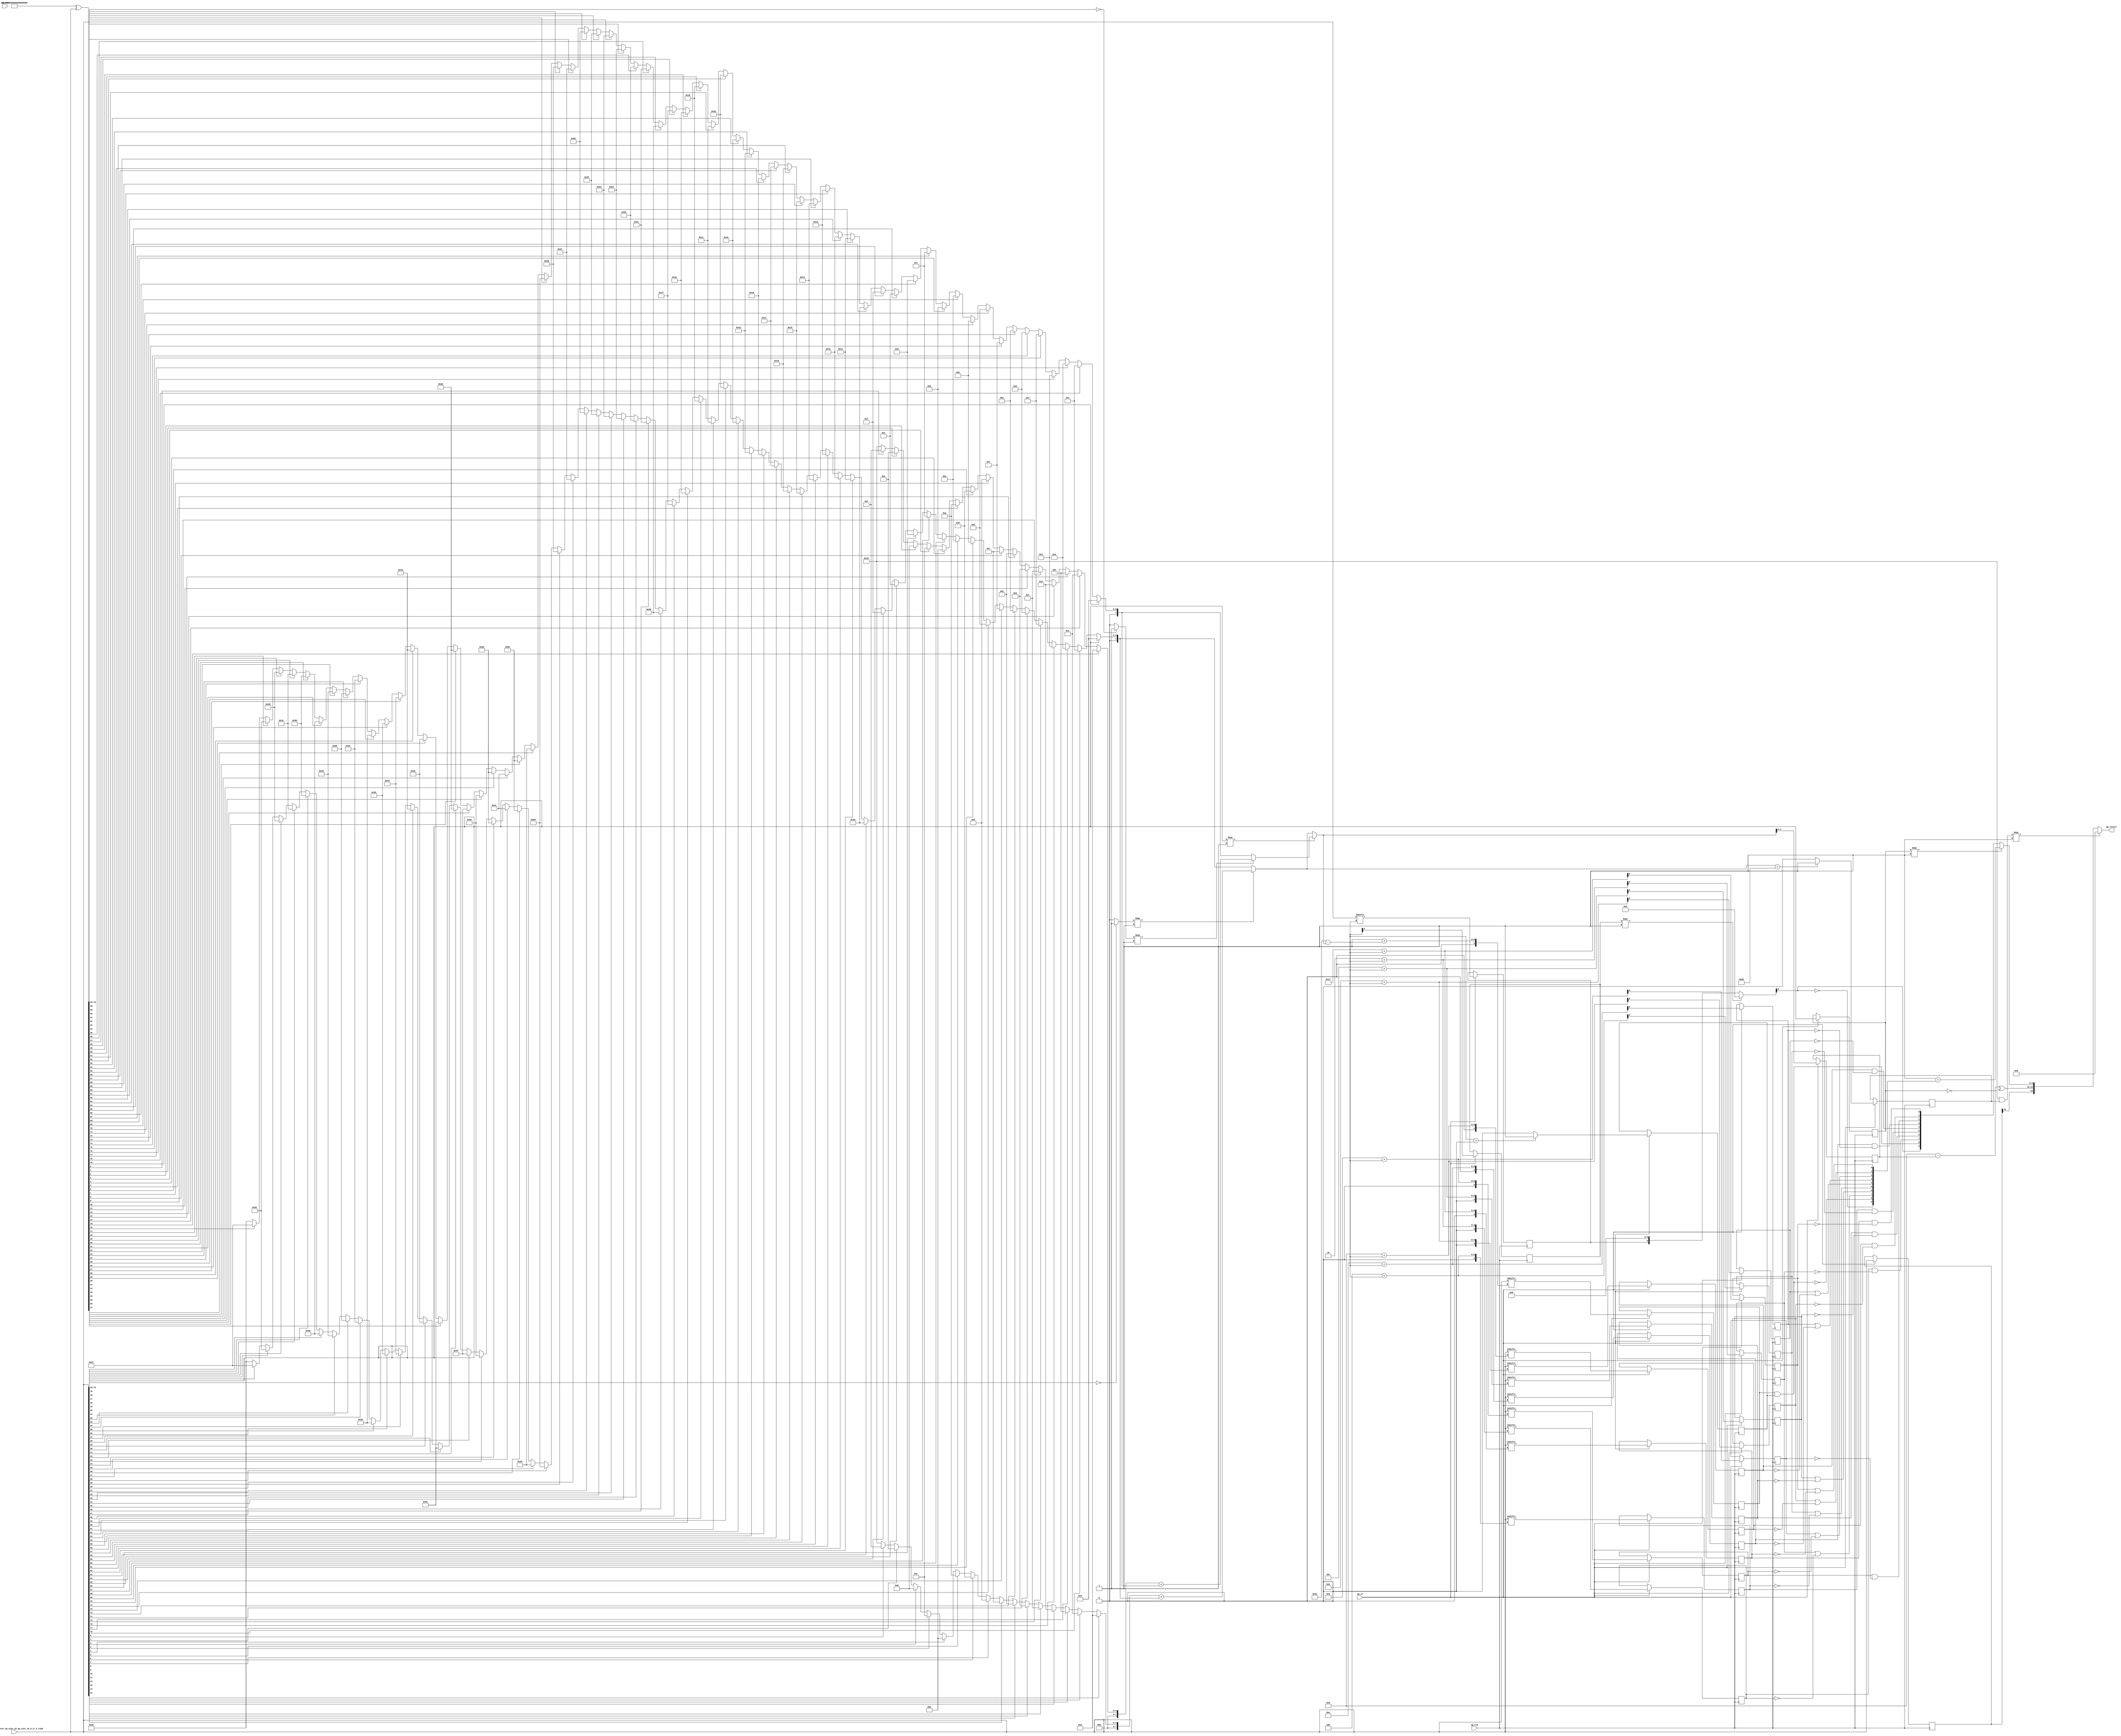
// ==============================================================
// RTL generated by Vivado(TM) HLS - High-Level Synthesis from C, C++ and SystemC
// Version: 2017.4
// Copyright (C) 1986-2017 Xilinx, Inc. All Rights Reserved.
// 
// ===========================================================

`timescale 1 ns / 1 ps 

module get_result (
        ap_clk,
        ap_rst,
        CompleteRegister_ap_uint_16_ap_uint_16_m_cr_V_read,
        ap_return,
        ap_ce
);

parameter    ap_const_lv64_FFFFFFFFFFFFFFFF = 64'd18446744073709551615;


input   ap_clk;
input   ap_rst;
input  [79:0] CompleteRegister_ap_uint_16_ap_uint_16_m_cr_V_read;
output  [15:0] ap_return;
input   ap_ce;

reg   [79:0] CompleteRegister_m_c_reg_853;
wire    ap_block_state1_pp0_stage0_iter0;
wire    ap_block_state2_pp0_stage0_iter1;
wire    ap_block_pp0_stage0_11001;
wire   [0:0] tmp_fu_92_p3;
reg   [0:0] tmp_reg_858;
wire   [0:0] tmp_10_fu_206_p2;
reg   [0:0] tmp_10_reg_864;
wire   [4:0] tmp_74_fu_272_p1;
reg   [4:0] tmp_74_reg_869;
reg   [0:0] tmp_75_reg_874;
wire   [0:0] tmp_76_fu_298_p3;
reg   [0:0] tmp_76_reg_879;
wire   [0:0] tmp_36_1_fu_306_p2;
reg   [0:0] tmp_36_1_reg_884;
wire   [0:0] tmp_77_fu_322_p3;
reg   [0:0] tmp_77_reg_889;
reg   [0:0] tmp_78_reg_894;
wire   [0:0] tmp_79_fu_348_p3;
reg   [0:0] tmp_79_reg_900;
reg   [0:0] tmp_80_reg_906;
wire   [0:0] tmp_81_fu_374_p3;
reg   [0:0] tmp_81_reg_912;
reg   [0:0] tmp_82_reg_918;
wire   [0:0] tmp_83_fu_400_p3;
reg   [0:0] tmp_83_reg_924;
reg   [0:0] tmp_84_reg_930;
wire   [0:0] tmp_85_fu_426_p3;
reg   [0:0] tmp_85_reg_936;
reg   [0:0] tmp_86_reg_942;
wire   [0:0] tmp_87_fu_452_p3;
reg   [0:0] tmp_87_reg_948;
reg   [0:0] tmp_88_reg_954;
wire   [0:0] tmp_89_fu_478_p3;
reg   [0:0] tmp_89_reg_960;
reg   [0:0] tmp_90_reg_966;
wire   [0:0] tmp_91_fu_504_p3;
reg   [0:0] tmp_91_reg_972;
reg   [0:0] tmp_92_reg_978;
wire   [0:0] tmp_93_fu_530_p3;
reg   [0:0] tmp_93_reg_984;
wire    ap_block_pp0_stage0;
wire   [63:0] p_Result_3_fu_100_p4;
wire   [79:0] flipped_V_fu_124_p2;
wire   [63:0] p_Result_1_fu_130_p4;
reg   [15:0] p_Result_s_fu_154_p4;
reg   [63:0] p_Result_s_31_fu_164_p5;
reg   [63:0] tmp_19_fu_110_p3;
reg   [63:0] tmp_8_fu_176_p3;
wire   [7:0] tmp_71_fu_188_p1;
wire   [7:0] tmp_70_fu_184_p1;
wire   [0:0] tmp_28_fu_118_p2;
wire   [7:0] tmp_2_fu_192_p2;
wire   [7:0] leading_signs_V_fu_198_p3;
reg   [15:0] p_Result_4_fu_212_p4;
reg   [63:0] p_Result_2_fu_222_p5;
reg   [63:0] tmp_23_fu_140_p3;
reg   [63:0] tmp_11_fu_234_p3;
wire   [7:0] tmp_73_fu_246_p1;
wire   [7:0] tmp_72_fu_242_p1;
wire   [0:0] tmp_31_fu_148_p2;
wire   [7:0] tmp_7_fu_250_p2;
wire   [7:0] leading_signs_V_1_fu_256_p3;
wire   [7:0] leading_signs_V_2_fu_264_p3;
wire   [8:0] rhs_V_cast_fu_276_p1;
wire   [8:0] addconv_fu_280_p2;
wire  signed [31:0] tmp_16_cast_fu_286_p1;
wire   [8:0] index_assign_1_1_fu_312_p2;
wire   [31:0] index_assign_1_1_cas_fu_318_p1;
wire   [8:0] r_V_2_fu_330_p2;
wire   [31:0] index_assign_1_2_cas_fu_344_p1;
wire   [8:0] r_V_3_fu_356_p2;
wire   [31:0] index_assign_1_3_cas_fu_370_p1;
wire   [8:0] r_V_4_fu_382_p2;
wire   [31:0] index_assign_1_4_cas_fu_396_p1;
wire   [8:0] r_V_5_fu_408_p2;
wire   [31:0] index_assign_1_5_cas_fu_422_p1;
wire   [8:0] r_V_6_fu_434_p2;
wire   [31:0] index_assign_1_6_cas_fu_448_p1;
wire   [8:0] r_V_7_fu_460_p2;
wire   [31:0] index_assign_1_7_cas_fu_474_p1;
wire   [8:0] r_V_8_fu_486_p2;
wire   [31:0] index_assign_1_8_cas_fu_500_p1;
wire   [8:0] r_V_9_fu_512_p2;
wire   [31:0] index_assign_1_9_cas_fu_526_p1;
wire   [4:0] tmp_14_fu_550_p2;
wire   [9:0] p_Result_6_fu_561_p3;
wire   [0:0] rev7_fu_579_p2;
wire   [0:0] rev_fu_589_p2;
wire   [0:0] rev1_fu_599_p2;
wire   [0:0] rev2_fu_609_p2;
wire   [0:0] rev3_fu_619_p2;
wire   [0:0] rev4_fu_629_p2;
wire   [0:0] rev5_fu_639_p2;
wire   [0:0] rev6_fu_649_p2;
wire   [0:0] tmp_15_fu_575_p2;
wire   [0:0] tmp_16_fu_584_p2;
wire   [0:0] tmp_17_fu_594_p2;
wire   [0:0] tmp_18_fu_604_p2;
wire   [0:0] tmp_20_fu_614_p2;
wire   [0:0] tmp_21_fu_624_p2;
wire   [0:0] tmp_22_fu_634_p2;
wire   [0:0] tmp_24_fu_644_p2;
wire   [0:0] tmp_25_fu_654_p2;
wire   [9:0] p_0274_1_fu_568_p3;
wire   [8:0] tmp_26_fu_659_p10;
wire   [0:0] p_not_fu_693_p2;
wire   [0:0] p_not1_fu_703_p2;
wire   [0:0] p_not2_fu_713_p2;
wire   [0:0] p_not3_fu_723_p2;
wire   [0:0] p_not4_fu_733_p2;
wire   [0:0] p_not5_fu_743_p2;
wire   [0:0] p_not6_fu_753_p2;
wire   [0:0] p_not7_fu_763_p2;
wire   [0:0] tmp_94_fu_779_p3;
wire   [0:0] tmp_39_9_fu_787_p2;
wire   [0:0] tmp_39_8_fu_773_p2;
wire   [0:0] tmp_39_7_fu_768_p2;
wire   [0:0] tmp_39_6_fu_758_p2;
wire   [0:0] tmp_39_5_fu_748_p2;
wire   [0:0] tmp_39_4_fu_738_p2;
wire   [0:0] tmp_39_3_fu_728_p2;
wire   [0:0] tmp_39_2_fu_718_p2;
wire   [0:0] tmp_39_1_fu_708_p2;
wire   [0:0] tmp_39_fu_698_p2;
wire   [9:0] p_Result_27_9_fu_793_p11;
wire   [9:0] mantissa_V_fu_817_p2;
wire   [9:0] p_0274_1_9_fu_681_p5;
wire   [0:0] p_Repl2_2_fu_538_p3;
wire   [4:0] exponent_V_fu_555_p2;
wire   [9:0] p_Repl2_s_fu_823_p3;
wire   [0:0] tmp_s_fu_545_p2;
wire   [0:0] sel_tmp_fu_840_p2;
wire   [15:0] p_Result_5_fu_830_p4;

always @ (posedge ap_clk) begin
    if (((1'b0 == ap_block_pp0_stage0_11001) & (1'b1 == ap_ce))) begin
        CompleteRegister_m_c_reg_853 <= CompleteRegister_ap_uint_16_ap_uint_16_m_cr_V_read;
        tmp_10_reg_864 <= tmp_10_fu_206_p2;
        tmp_36_1_reg_884 <= tmp_36_1_fu_306_p2;
        tmp_74_reg_869 <= tmp_74_fu_272_p1;
        tmp_75_reg_874 <= addconv_fu_280_p2[32'd8];
        tmp_76_reg_879 <= tmp_76_fu_298_p3;
        tmp_77_reg_889 <= tmp_77_fu_322_p3;
        tmp_78_reg_894 <= r_V_2_fu_330_p2[32'd8];
        tmp_79_reg_900 <= tmp_79_fu_348_p3;
        tmp_80_reg_906 <= r_V_3_fu_356_p2[32'd8];
        tmp_81_reg_912 <= tmp_81_fu_374_p3;
        tmp_82_reg_918 <= r_V_4_fu_382_p2[32'd8];
        tmp_83_reg_924 <= tmp_83_fu_400_p3;
        tmp_84_reg_930 <= r_V_5_fu_408_p2[32'd8];
        tmp_85_reg_936 <= tmp_85_fu_426_p3;
        tmp_86_reg_942 <= r_V_6_fu_434_p2[32'd8];
        tmp_87_reg_948 <= tmp_87_fu_452_p3;
        tmp_88_reg_954 <= r_V_7_fu_460_p2[32'd8];
        tmp_89_reg_960 <= tmp_89_fu_478_p3;
        tmp_90_reg_966 <= r_V_8_fu_486_p2[32'd8];
        tmp_91_reg_972 <= tmp_91_fu_504_p3;
        tmp_92_reg_978 <= r_V_9_fu_512_p2[32'd8];
        tmp_93_reg_984 <= tmp_93_fu_530_p3;
        tmp_reg_858 <= CompleteRegister_ap_uint_16_ap_uint_16_m_cr_V_read[32'd79];
    end
end

assign addconv_fu_280_p2 = (9'd78 - rhs_V_cast_fu_276_p1);

assign ap_block_pp0_stage0 = ~(1'b1 == 1'b1);

assign ap_block_pp0_stage0_11001 = ~(1'b1 == 1'b1);

assign ap_block_state1_pp0_stage0_iter0 = ~(1'b1 == 1'b1);

assign ap_block_state2_pp0_stage0_iter1 = ~(1'b1 == 1'b1);

assign ap_return = ((sel_tmp_fu_840_p2[0:0] === 1'b1) ? 16'd0 : p_Result_5_fu_830_p4);

assign exponent_V_fu_555_p2 = (tmp_14_fu_550_p2 ^ 5'd16);

assign flipped_V_fu_124_p2 = (80'd1208925819614629174706175 ^ CompleteRegister_ap_uint_16_ap_uint_16_m_cr_V_read);

assign index_assign_1_1_cas_fu_318_p1 = index_assign_1_1_fu_312_p2;

assign index_assign_1_1_fu_312_p2 = ($signed(9'd511) + $signed(addconv_fu_280_p2));

assign index_assign_1_2_cas_fu_344_p1 = r_V_2_fu_330_p2;

assign index_assign_1_3_cas_fu_370_p1 = r_V_3_fu_356_p2;

assign index_assign_1_4_cas_fu_396_p1 = r_V_4_fu_382_p2;

assign index_assign_1_5_cas_fu_422_p1 = r_V_5_fu_408_p2;

assign index_assign_1_6_cas_fu_448_p1 = r_V_6_fu_434_p2;

assign index_assign_1_7_cas_fu_474_p1 = r_V_7_fu_460_p2;

assign index_assign_1_8_cas_fu_500_p1 = r_V_8_fu_486_p2;

assign index_assign_1_9_cas_fu_526_p1 = r_V_9_fu_512_p2;

assign leading_signs_V_1_fu_256_p3 = ((tmp_31_fu_148_p2[0:0] === 1'b1) ? tmp_7_fu_250_p2 : tmp_72_fu_242_p1);

assign leading_signs_V_2_fu_264_p3 = ((tmp_fu_92_p3[0:0] === 1'b1) ? leading_signs_V_1_fu_256_p3 : leading_signs_V_fu_198_p3);

assign leading_signs_V_fu_198_p3 = ((tmp_28_fu_118_p2[0:0] === 1'b1) ? tmp_2_fu_192_p2 : tmp_70_fu_184_p1);

assign mantissa_V_fu_817_p2 = (10'd1 + p_Result_27_9_fu_793_p11);

assign p_0274_1_9_fu_681_p5 = {{p_0274_1_fu_568_p3[9:9]}, {tmp_26_fu_659_p10}};

assign p_0274_1_fu_568_p3 = ((tmp_75_reg_874[0:0] === 1'b1) ? 10'd0 : p_Result_6_fu_561_p3);

assign p_Repl2_2_fu_538_p3 = CompleteRegister_m_c_reg_853[32'd79];

assign p_Repl2_s_fu_823_p3 = ((tmp_reg_858[0:0] === 1'b1) ? mantissa_V_fu_817_p2 : p_0274_1_9_fu_681_p5);

assign p_Result_1_fu_130_p4 = {{flipped_V_fu_124_p2[79:16]}};

assign p_Result_27_9_fu_793_p11 = {{{{{{{{{{tmp_39_9_fu_787_p2}, {tmp_39_8_fu_773_p2}}, {tmp_39_7_fu_768_p2}}, {tmp_39_6_fu_758_p2}}, {tmp_39_5_fu_748_p2}}, {tmp_39_4_fu_738_p2}}, {tmp_39_3_fu_728_p2}}, {tmp_39_2_fu_718_p2}}, {tmp_39_1_fu_708_p2}}, {tmp_39_fu_698_p2}};

integer ap_tvar_int_0;

always @ (p_Result_4_fu_212_p4) begin
    for (ap_tvar_int_0 = 64 - 1; ap_tvar_int_0 >= 0; ap_tvar_int_0 = ap_tvar_int_0 - 1) begin
        if (ap_tvar_int_0 > 63 | ap_tvar_int_0 < 48) begin
            p_Result_2_fu_222_p5[ap_tvar_int_0] = ap_const_lv64_FFFFFFFFFFFFFFFF[ap_tvar_int_0];
        end else if (63 - ap_tvar_int_0 >= 16) begin
            p_Result_2_fu_222_p5[ap_tvar_int_0] = 1'b0;
        end else begin
            p_Result_2_fu_222_p5[ap_tvar_int_0] = p_Result_4_fu_212_p4[63 - ap_tvar_int_0];
        end
    end
end

assign p_Result_3_fu_100_p4 = {{CompleteRegister_ap_uint_16_ap_uint_16_m_cr_V_read[79:16]}};

integer ap_tvar_int_1;

always @ (flipped_V_fu_124_p2) begin
    for (ap_tvar_int_1 = 16 - 1; ap_tvar_int_1 >= 0; ap_tvar_int_1 = ap_tvar_int_1 - 1) begin
        if (ap_tvar_int_1 > 15 - 0) begin
            p_Result_4_fu_212_p4[ap_tvar_int_1] = 1'b0;
        end else begin
            p_Result_4_fu_212_p4[ap_tvar_int_1] = flipped_V_fu_124_p2[15 - ap_tvar_int_1];
        end
    end
end

assign p_Result_5_fu_830_p4 = {{{p_Repl2_2_fu_538_p3}, {exponent_V_fu_555_p2}}, {p_Repl2_s_fu_823_p3}};

assign p_Result_6_fu_561_p3 = {{tmp_76_reg_879}, {9'd0}};

integer ap_tvar_int_2;

always @ (p_Result_s_fu_154_p4) begin
    for (ap_tvar_int_2 = 64 - 1; ap_tvar_int_2 >= 0; ap_tvar_int_2 = ap_tvar_int_2 - 1) begin
        if (ap_tvar_int_2 > 63 | ap_tvar_int_2 < 48) begin
            p_Result_s_31_fu_164_p5[ap_tvar_int_2] = ap_const_lv64_FFFFFFFFFFFFFFFF[ap_tvar_int_2];
        end else if (63 - ap_tvar_int_2 >= 16) begin
            p_Result_s_31_fu_164_p5[ap_tvar_int_2] = 1'b0;
        end else begin
            p_Result_s_31_fu_164_p5[ap_tvar_int_2] = p_Result_s_fu_154_p4[63 - ap_tvar_int_2];
        end
    end
end

integer ap_tvar_int_3;

always @ (CompleteRegister_ap_uint_16_ap_uint_16_m_cr_V_read) begin
    for (ap_tvar_int_3 = 16 - 1; ap_tvar_int_3 >= 0; ap_tvar_int_3 = ap_tvar_int_3 - 1) begin
        if (ap_tvar_int_3 > 15 - 0) begin
            p_Result_s_fu_154_p4[ap_tvar_int_3] = 1'b0;
        end else begin
            p_Result_s_fu_154_p4[ap_tvar_int_3] = CompleteRegister_ap_uint_16_ap_uint_16_m_cr_V_read[15 - ap_tvar_int_3];
        end
    end
end

assign p_not1_fu_703_p2 = (tmp_91_reg_972 ^ 1'd1);

assign p_not2_fu_713_p2 = (tmp_89_reg_960 ^ 1'd1);

assign p_not3_fu_723_p2 = (tmp_87_reg_948 ^ 1'd1);

assign p_not4_fu_733_p2 = (tmp_85_reg_936 ^ 1'd1);

assign p_not5_fu_743_p2 = (tmp_83_reg_924 ^ 1'd1);

assign p_not6_fu_753_p2 = (tmp_81_reg_912 ^ 1'd1);

assign p_not7_fu_763_p2 = (tmp_79_reg_900 ^ 1'd1);

assign p_not_fu_693_p2 = (tmp_93_reg_984 ^ 1'd1);

assign r_V_2_fu_330_p2 = ($signed(9'd510) + $signed(addconv_fu_280_p2));

assign r_V_3_fu_356_p2 = ($signed(9'd509) + $signed(addconv_fu_280_p2));

assign r_V_4_fu_382_p2 = ($signed(9'd508) + $signed(addconv_fu_280_p2));

assign r_V_5_fu_408_p2 = ($signed(9'd507) + $signed(addconv_fu_280_p2));

assign r_V_6_fu_434_p2 = ($signed(9'd506) + $signed(addconv_fu_280_p2));

assign r_V_7_fu_460_p2 = ($signed(9'd505) + $signed(addconv_fu_280_p2));

assign r_V_8_fu_486_p2 = ($signed(9'd504) + $signed(addconv_fu_280_p2));

assign r_V_9_fu_512_p2 = ($signed(9'd503) + $signed(addconv_fu_280_p2));

assign rev1_fu_599_p2 = (tmp_82_reg_918 ^ 1'd1);

assign rev2_fu_609_p2 = (tmp_84_reg_930 ^ 1'd1);

assign rev3_fu_619_p2 = (tmp_86_reg_942 ^ 1'd1);

assign rev4_fu_629_p2 = (tmp_88_reg_954 ^ 1'd1);

assign rev5_fu_639_p2 = (tmp_90_reg_966 ^ 1'd1);

assign rev6_fu_649_p2 = (tmp_92_reg_978 ^ 1'd1);

assign rev7_fu_579_p2 = (tmp_78_reg_894 ^ 1'd1);

assign rev_fu_589_p2 = (tmp_80_reg_906 ^ 1'd1);

assign rhs_V_cast_fu_276_p1 = leading_signs_V_2_fu_264_p3;

assign sel_tmp_fu_840_p2 = (tmp_s_fu_545_p2 & tmp_10_reg_864);

assign tmp_10_fu_206_p2 = ((leading_signs_V_fu_198_p3 == 8'd80) ? 1'b1 : 1'b0);

always @ (p_Result_2_fu_222_p5) begin
    if (p_Result_2_fu_222_p5[63] == 1'b1) begin
        tmp_11_fu_234_p3 = 64'd0;
    end else if (p_Result_2_fu_222_p5[62] == 1'b1) begin
        tmp_11_fu_234_p3 = 64'd1;
    end else if (p_Result_2_fu_222_p5[61] == 1'b1) begin
        tmp_11_fu_234_p3 = 64'd2;
    end else if (p_Result_2_fu_222_p5[60] == 1'b1) begin
        tmp_11_fu_234_p3 = 64'd3;
    end else if (p_Result_2_fu_222_p5[59] == 1'b1) begin
        tmp_11_fu_234_p3 = 64'd4;
    end else if (p_Result_2_fu_222_p5[58] == 1'b1) begin
        tmp_11_fu_234_p3 = 64'd5;
    end else if (p_Result_2_fu_222_p5[57] == 1'b1) begin
        tmp_11_fu_234_p3 = 64'd6;
    end else if (p_Result_2_fu_222_p5[56] == 1'b1) begin
        tmp_11_fu_234_p3 = 64'd7;
    end else if (p_Result_2_fu_222_p5[55] == 1'b1) begin
        tmp_11_fu_234_p3 = 64'd8;
    end else if (p_Result_2_fu_222_p5[54] == 1'b1) begin
        tmp_11_fu_234_p3 = 64'd9;
    end else if (p_Result_2_fu_222_p5[53] == 1'b1) begin
        tmp_11_fu_234_p3 = 64'd10;
    end else if (p_Result_2_fu_222_p5[52] == 1'b1) begin
        tmp_11_fu_234_p3 = 64'd11;
    end else if (p_Result_2_fu_222_p5[51] == 1'b1) begin
        tmp_11_fu_234_p3 = 64'd12;
    end else if (p_Result_2_fu_222_p5[50] == 1'b1) begin
        tmp_11_fu_234_p3 = 64'd13;
    end else if (p_Result_2_fu_222_p5[49] == 1'b1) begin
        tmp_11_fu_234_p3 = 64'd14;
    end else if (p_Result_2_fu_222_p5[48] == 1'b1) begin
        tmp_11_fu_234_p3 = 64'd15;
    end else if (p_Result_2_fu_222_p5[47] == 1'b1) begin
        tmp_11_fu_234_p3 = 64'd16;
    end else if (p_Result_2_fu_222_p5[46] == 1'b1) begin
        tmp_11_fu_234_p3 = 64'd17;
    end else if (p_Result_2_fu_222_p5[45] == 1'b1) begin
        tmp_11_fu_234_p3 = 64'd18;
    end else if (p_Result_2_fu_222_p5[44] == 1'b1) begin
        tmp_11_fu_234_p3 = 64'd19;
    end else if (p_Result_2_fu_222_p5[43] == 1'b1) begin
        tmp_11_fu_234_p3 = 64'd20;
    end else if (p_Result_2_fu_222_p5[42] == 1'b1) begin
        tmp_11_fu_234_p3 = 64'd21;
    end else if (p_Result_2_fu_222_p5[41] == 1'b1) begin
        tmp_11_fu_234_p3 = 64'd22;
    end else if (p_Result_2_fu_222_p5[40] == 1'b1) begin
        tmp_11_fu_234_p3 = 64'd23;
    end else if (p_Result_2_fu_222_p5[39] == 1'b1) begin
        tmp_11_fu_234_p3 = 64'd24;
    end else if (p_Result_2_fu_222_p5[38] == 1'b1) begin
        tmp_11_fu_234_p3 = 64'd25;
    end else if (p_Result_2_fu_222_p5[37] == 1'b1) begin
        tmp_11_fu_234_p3 = 64'd26;
    end else if (p_Result_2_fu_222_p5[36] == 1'b1) begin
        tmp_11_fu_234_p3 = 64'd27;
    end else if (p_Result_2_fu_222_p5[35] == 1'b1) begin
        tmp_11_fu_234_p3 = 64'd28;
    end else if (p_Result_2_fu_222_p5[34] == 1'b1) begin
        tmp_11_fu_234_p3 = 64'd29;
    end else if (p_Result_2_fu_222_p5[33] == 1'b1) begin
        tmp_11_fu_234_p3 = 64'd30;
    end else if (p_Result_2_fu_222_p5[32] == 1'b1) begin
        tmp_11_fu_234_p3 = 64'd31;
    end else if (p_Result_2_fu_222_p5[31] == 1'b1) begin
        tmp_11_fu_234_p3 = 64'd32;
    end else if (p_Result_2_fu_222_p5[30] == 1'b1) begin
        tmp_11_fu_234_p3 = 64'd33;
    end else if (p_Result_2_fu_222_p5[29] == 1'b1) begin
        tmp_11_fu_234_p3 = 64'd34;
    end else if (p_Result_2_fu_222_p5[28] == 1'b1) begin
        tmp_11_fu_234_p3 = 64'd35;
    end else if (p_Result_2_fu_222_p5[27] == 1'b1) begin
        tmp_11_fu_234_p3 = 64'd36;
    end else if (p_Result_2_fu_222_p5[26] == 1'b1) begin
        tmp_11_fu_234_p3 = 64'd37;
    end else if (p_Result_2_fu_222_p5[25] == 1'b1) begin
        tmp_11_fu_234_p3 = 64'd38;
    end else if (p_Result_2_fu_222_p5[24] == 1'b1) begin
        tmp_11_fu_234_p3 = 64'd39;
    end else if (p_Result_2_fu_222_p5[23] == 1'b1) begin
        tmp_11_fu_234_p3 = 64'd40;
    end else if (p_Result_2_fu_222_p5[22] == 1'b1) begin
        tmp_11_fu_234_p3 = 64'd41;
    end else if (p_Result_2_fu_222_p5[21] == 1'b1) begin
        tmp_11_fu_234_p3 = 64'd42;
    end else if (p_Result_2_fu_222_p5[20] == 1'b1) begin
        tmp_11_fu_234_p3 = 64'd43;
    end else if (p_Result_2_fu_222_p5[19] == 1'b1) begin
        tmp_11_fu_234_p3 = 64'd44;
    end else if (p_Result_2_fu_222_p5[18] == 1'b1) begin
        tmp_11_fu_234_p3 = 64'd45;
    end else if (p_Result_2_fu_222_p5[17] == 1'b1) begin
        tmp_11_fu_234_p3 = 64'd46;
    end else if (p_Result_2_fu_222_p5[16] == 1'b1) begin
        tmp_11_fu_234_p3 = 64'd47;
    end else if (p_Result_2_fu_222_p5[15] == 1'b1) begin
        tmp_11_fu_234_p3 = 64'd48;
    end else if (p_Result_2_fu_222_p5[14] == 1'b1) begin
        tmp_11_fu_234_p3 = 64'd49;
    end else if (p_Result_2_fu_222_p5[13] == 1'b1) begin
        tmp_11_fu_234_p3 = 64'd50;
    end else if (p_Result_2_fu_222_p5[12] == 1'b1) begin
        tmp_11_fu_234_p3 = 64'd51;
    end else if (p_Result_2_fu_222_p5[11] == 1'b1) begin
        tmp_11_fu_234_p3 = 64'd52;
    end else if (p_Result_2_fu_222_p5[10] == 1'b1) begin
        tmp_11_fu_234_p3 = 64'd53;
    end else if (p_Result_2_fu_222_p5[9] == 1'b1) begin
        tmp_11_fu_234_p3 = 64'd54;
    end else if (p_Result_2_fu_222_p5[8] == 1'b1) begin
        tmp_11_fu_234_p3 = 64'd55;
    end else if (p_Result_2_fu_222_p5[7] == 1'b1) begin
        tmp_11_fu_234_p3 = 64'd56;
    end else if (p_Result_2_fu_222_p5[6] == 1'b1) begin
        tmp_11_fu_234_p3 = 64'd57;
    end else if (p_Result_2_fu_222_p5[5] == 1'b1) begin
        tmp_11_fu_234_p3 = 64'd58;
    end else if (p_Result_2_fu_222_p5[4] == 1'b1) begin
        tmp_11_fu_234_p3 = 64'd59;
    end else if (p_Result_2_fu_222_p5[3] == 1'b1) begin
        tmp_11_fu_234_p3 = 64'd60;
    end else if (p_Result_2_fu_222_p5[2] == 1'b1) begin
        tmp_11_fu_234_p3 = 64'd61;
    end else if (p_Result_2_fu_222_p5[1] == 1'b1) begin
        tmp_11_fu_234_p3 = 64'd62;
    end else if (p_Result_2_fu_222_p5[0] == 1'b1) begin
        tmp_11_fu_234_p3 = 64'd63;
    end else begin
        tmp_11_fu_234_p3 = 64'd64;
    end
end

assign tmp_14_fu_550_p2 = (5'd8 - tmp_74_reg_869);

assign tmp_15_fu_575_p2 = (tmp_77_reg_889 & tmp_36_1_reg_884);

assign tmp_16_cast_fu_286_p1 = $signed(addconv_fu_280_p2);

assign tmp_16_fu_584_p2 = (tmp_79_reg_900 & rev7_fu_579_p2);

assign tmp_17_fu_594_p2 = (tmp_81_reg_912 & rev_fu_589_p2);

assign tmp_18_fu_604_p2 = (tmp_83_reg_924 & rev1_fu_599_p2);

always @ (p_Result_3_fu_100_p4) begin
    if (p_Result_3_fu_100_p4[63] == 1'b1) begin
        tmp_19_fu_110_p3 = 64'd0;
    end else if (p_Result_3_fu_100_p4[62] == 1'b1) begin
        tmp_19_fu_110_p3 = 64'd1;
    end else if (p_Result_3_fu_100_p4[61] == 1'b1) begin
        tmp_19_fu_110_p3 = 64'd2;
    end else if (p_Result_3_fu_100_p4[60] == 1'b1) begin
        tmp_19_fu_110_p3 = 64'd3;
    end else if (p_Result_3_fu_100_p4[59] == 1'b1) begin
        tmp_19_fu_110_p3 = 64'd4;
    end else if (p_Result_3_fu_100_p4[58] == 1'b1) begin
        tmp_19_fu_110_p3 = 64'd5;
    end else if (p_Result_3_fu_100_p4[57] == 1'b1) begin
        tmp_19_fu_110_p3 = 64'd6;
    end else if (p_Result_3_fu_100_p4[56] == 1'b1) begin
        tmp_19_fu_110_p3 = 64'd7;
    end else if (p_Result_3_fu_100_p4[55] == 1'b1) begin
        tmp_19_fu_110_p3 = 64'd8;
    end else if (p_Result_3_fu_100_p4[54] == 1'b1) begin
        tmp_19_fu_110_p3 = 64'd9;
    end else if (p_Result_3_fu_100_p4[53] == 1'b1) begin
        tmp_19_fu_110_p3 = 64'd10;
    end else if (p_Result_3_fu_100_p4[52] == 1'b1) begin
        tmp_19_fu_110_p3 = 64'd11;
    end else if (p_Result_3_fu_100_p4[51] == 1'b1) begin
        tmp_19_fu_110_p3 = 64'd12;
    end else if (p_Result_3_fu_100_p4[50] == 1'b1) begin
        tmp_19_fu_110_p3 = 64'd13;
    end else if (p_Result_3_fu_100_p4[49] == 1'b1) begin
        tmp_19_fu_110_p3 = 64'd14;
    end else if (p_Result_3_fu_100_p4[48] == 1'b1) begin
        tmp_19_fu_110_p3 = 64'd15;
    end else if (p_Result_3_fu_100_p4[47] == 1'b1) begin
        tmp_19_fu_110_p3 = 64'd16;
    end else if (p_Result_3_fu_100_p4[46] == 1'b1) begin
        tmp_19_fu_110_p3 = 64'd17;
    end else if (p_Result_3_fu_100_p4[45] == 1'b1) begin
        tmp_19_fu_110_p3 = 64'd18;
    end else if (p_Result_3_fu_100_p4[44] == 1'b1) begin
        tmp_19_fu_110_p3 = 64'd19;
    end else if (p_Result_3_fu_100_p4[43] == 1'b1) begin
        tmp_19_fu_110_p3 = 64'd20;
    end else if (p_Result_3_fu_100_p4[42] == 1'b1) begin
        tmp_19_fu_110_p3 = 64'd21;
    end else if (p_Result_3_fu_100_p4[41] == 1'b1) begin
        tmp_19_fu_110_p3 = 64'd22;
    end else if (p_Result_3_fu_100_p4[40] == 1'b1) begin
        tmp_19_fu_110_p3 = 64'd23;
    end else if (p_Result_3_fu_100_p4[39] == 1'b1) begin
        tmp_19_fu_110_p3 = 64'd24;
    end else if (p_Result_3_fu_100_p4[38] == 1'b1) begin
        tmp_19_fu_110_p3 = 64'd25;
    end else if (p_Result_3_fu_100_p4[37] == 1'b1) begin
        tmp_19_fu_110_p3 = 64'd26;
    end else if (p_Result_3_fu_100_p4[36] == 1'b1) begin
        tmp_19_fu_110_p3 = 64'd27;
    end else if (p_Result_3_fu_100_p4[35] == 1'b1) begin
        tmp_19_fu_110_p3 = 64'd28;
    end else if (p_Result_3_fu_100_p4[34] == 1'b1) begin
        tmp_19_fu_110_p3 = 64'd29;
    end else if (p_Result_3_fu_100_p4[33] == 1'b1) begin
        tmp_19_fu_110_p3 = 64'd30;
    end else if (p_Result_3_fu_100_p4[32] == 1'b1) begin
        tmp_19_fu_110_p3 = 64'd31;
    end else if (p_Result_3_fu_100_p4[31] == 1'b1) begin
        tmp_19_fu_110_p3 = 64'd32;
    end else if (p_Result_3_fu_100_p4[30] == 1'b1) begin
        tmp_19_fu_110_p3 = 64'd33;
    end else if (p_Result_3_fu_100_p4[29] == 1'b1) begin
        tmp_19_fu_110_p3 = 64'd34;
    end else if (p_Result_3_fu_100_p4[28] == 1'b1) begin
        tmp_19_fu_110_p3 = 64'd35;
    end else if (p_Result_3_fu_100_p4[27] == 1'b1) begin
        tmp_19_fu_110_p3 = 64'd36;
    end else if (p_Result_3_fu_100_p4[26] == 1'b1) begin
        tmp_19_fu_110_p3 = 64'd37;
    end else if (p_Result_3_fu_100_p4[25] == 1'b1) begin
        tmp_19_fu_110_p3 = 64'd38;
    end else if (p_Result_3_fu_100_p4[24] == 1'b1) begin
        tmp_19_fu_110_p3 = 64'd39;
    end else if (p_Result_3_fu_100_p4[23] == 1'b1) begin
        tmp_19_fu_110_p3 = 64'd40;
    end else if (p_Result_3_fu_100_p4[22] == 1'b1) begin
        tmp_19_fu_110_p3 = 64'd41;
    end else if (p_Result_3_fu_100_p4[21] == 1'b1) begin
        tmp_19_fu_110_p3 = 64'd42;
    end else if (p_Result_3_fu_100_p4[20] == 1'b1) begin
        tmp_19_fu_110_p3 = 64'd43;
    end else if (p_Result_3_fu_100_p4[19] == 1'b1) begin
        tmp_19_fu_110_p3 = 64'd44;
    end else if (p_Result_3_fu_100_p4[18] == 1'b1) begin
        tmp_19_fu_110_p3 = 64'd45;
    end else if (p_Result_3_fu_100_p4[17] == 1'b1) begin
        tmp_19_fu_110_p3 = 64'd46;
    end else if (p_Result_3_fu_100_p4[16] == 1'b1) begin
        tmp_19_fu_110_p3 = 64'd47;
    end else if (p_Result_3_fu_100_p4[15] == 1'b1) begin
        tmp_19_fu_110_p3 = 64'd48;
    end else if (p_Result_3_fu_100_p4[14] == 1'b1) begin
        tmp_19_fu_110_p3 = 64'd49;
    end else if (p_Result_3_fu_100_p4[13] == 1'b1) begin
        tmp_19_fu_110_p3 = 64'd50;
    end else if (p_Result_3_fu_100_p4[12] == 1'b1) begin
        tmp_19_fu_110_p3 = 64'd51;
    end else if (p_Result_3_fu_100_p4[11] == 1'b1) begin
        tmp_19_fu_110_p3 = 64'd52;
    end else if (p_Result_3_fu_100_p4[10] == 1'b1) begin
        tmp_19_fu_110_p3 = 64'd53;
    end else if (p_Result_3_fu_100_p4[9] == 1'b1) begin
        tmp_19_fu_110_p3 = 64'd54;
    end else if (p_Result_3_fu_100_p4[8] == 1'b1) begin
        tmp_19_fu_110_p3 = 64'd55;
    end else if (p_Result_3_fu_100_p4[7] == 1'b1) begin
        tmp_19_fu_110_p3 = 64'd56;
    end else if (p_Result_3_fu_100_p4[6] == 1'b1) begin
        tmp_19_fu_110_p3 = 64'd57;
    end else if (p_Result_3_fu_100_p4[5] == 1'b1) begin
        tmp_19_fu_110_p3 = 64'd58;
    end else if (p_Result_3_fu_100_p4[4] == 1'b1) begin
        tmp_19_fu_110_p3 = 64'd59;
    end else if (p_Result_3_fu_100_p4[3] == 1'b1) begin
        tmp_19_fu_110_p3 = 64'd60;
    end else if (p_Result_3_fu_100_p4[2] == 1'b1) begin
        tmp_19_fu_110_p3 = 64'd61;
    end else if (p_Result_3_fu_100_p4[1] == 1'b1) begin
        tmp_19_fu_110_p3 = 64'd62;
    end else if (p_Result_3_fu_100_p4[0] == 1'b1) begin
        tmp_19_fu_110_p3 = 64'd63;
    end else begin
        tmp_19_fu_110_p3 = 64'd64;
    end
end

assign tmp_20_fu_614_p2 = (tmp_85_reg_936 & rev2_fu_609_p2);

assign tmp_21_fu_624_p2 = (tmp_87_reg_948 & rev3_fu_619_p2);

assign tmp_22_fu_634_p2 = (tmp_89_reg_960 & rev4_fu_629_p2);

always @ (p_Result_1_fu_130_p4) begin
    if (p_Result_1_fu_130_p4[63] == 1'b1) begin
        tmp_23_fu_140_p3 = 64'd0;
    end else if (p_Result_1_fu_130_p4[62] == 1'b1) begin
        tmp_23_fu_140_p3 = 64'd1;
    end else if (p_Result_1_fu_130_p4[61] == 1'b1) begin
        tmp_23_fu_140_p3 = 64'd2;
    end else if (p_Result_1_fu_130_p4[60] == 1'b1) begin
        tmp_23_fu_140_p3 = 64'd3;
    end else if (p_Result_1_fu_130_p4[59] == 1'b1) begin
        tmp_23_fu_140_p3 = 64'd4;
    end else if (p_Result_1_fu_130_p4[58] == 1'b1) begin
        tmp_23_fu_140_p3 = 64'd5;
    end else if (p_Result_1_fu_130_p4[57] == 1'b1) begin
        tmp_23_fu_140_p3 = 64'd6;
    end else if (p_Result_1_fu_130_p4[56] == 1'b1) begin
        tmp_23_fu_140_p3 = 64'd7;
    end else if (p_Result_1_fu_130_p4[55] == 1'b1) begin
        tmp_23_fu_140_p3 = 64'd8;
    end else if (p_Result_1_fu_130_p4[54] == 1'b1) begin
        tmp_23_fu_140_p3 = 64'd9;
    end else if (p_Result_1_fu_130_p4[53] == 1'b1) begin
        tmp_23_fu_140_p3 = 64'd10;
    end else if (p_Result_1_fu_130_p4[52] == 1'b1) begin
        tmp_23_fu_140_p3 = 64'd11;
    end else if (p_Result_1_fu_130_p4[51] == 1'b1) begin
        tmp_23_fu_140_p3 = 64'd12;
    end else if (p_Result_1_fu_130_p4[50] == 1'b1) begin
        tmp_23_fu_140_p3 = 64'd13;
    end else if (p_Result_1_fu_130_p4[49] == 1'b1) begin
        tmp_23_fu_140_p3 = 64'd14;
    end else if (p_Result_1_fu_130_p4[48] == 1'b1) begin
        tmp_23_fu_140_p3 = 64'd15;
    end else if (p_Result_1_fu_130_p4[47] == 1'b1) begin
        tmp_23_fu_140_p3 = 64'd16;
    end else if (p_Result_1_fu_130_p4[46] == 1'b1) begin
        tmp_23_fu_140_p3 = 64'd17;
    end else if (p_Result_1_fu_130_p4[45] == 1'b1) begin
        tmp_23_fu_140_p3 = 64'd18;
    end else if (p_Result_1_fu_130_p4[44] == 1'b1) begin
        tmp_23_fu_140_p3 = 64'd19;
    end else if (p_Result_1_fu_130_p4[43] == 1'b1) begin
        tmp_23_fu_140_p3 = 64'd20;
    end else if (p_Result_1_fu_130_p4[42] == 1'b1) begin
        tmp_23_fu_140_p3 = 64'd21;
    end else if (p_Result_1_fu_130_p4[41] == 1'b1) begin
        tmp_23_fu_140_p3 = 64'd22;
    end else if (p_Result_1_fu_130_p4[40] == 1'b1) begin
        tmp_23_fu_140_p3 = 64'd23;
    end else if (p_Result_1_fu_130_p4[39] == 1'b1) begin
        tmp_23_fu_140_p3 = 64'd24;
    end else if (p_Result_1_fu_130_p4[38] == 1'b1) begin
        tmp_23_fu_140_p3 = 64'd25;
    end else if (p_Result_1_fu_130_p4[37] == 1'b1) begin
        tmp_23_fu_140_p3 = 64'd26;
    end else if (p_Result_1_fu_130_p4[36] == 1'b1) begin
        tmp_23_fu_140_p3 = 64'd27;
    end else if (p_Result_1_fu_130_p4[35] == 1'b1) begin
        tmp_23_fu_140_p3 = 64'd28;
    end else if (p_Result_1_fu_130_p4[34] == 1'b1) begin
        tmp_23_fu_140_p3 = 64'd29;
    end else if (p_Result_1_fu_130_p4[33] == 1'b1) begin
        tmp_23_fu_140_p3 = 64'd30;
    end else if (p_Result_1_fu_130_p4[32] == 1'b1) begin
        tmp_23_fu_140_p3 = 64'd31;
    end else if (p_Result_1_fu_130_p4[31] == 1'b1) begin
        tmp_23_fu_140_p3 = 64'd32;
    end else if (p_Result_1_fu_130_p4[30] == 1'b1) begin
        tmp_23_fu_140_p3 = 64'd33;
    end else if (p_Result_1_fu_130_p4[29] == 1'b1) begin
        tmp_23_fu_140_p3 = 64'd34;
    end else if (p_Result_1_fu_130_p4[28] == 1'b1) begin
        tmp_23_fu_140_p3 = 64'd35;
    end else if (p_Result_1_fu_130_p4[27] == 1'b1) begin
        tmp_23_fu_140_p3 = 64'd36;
    end else if (p_Result_1_fu_130_p4[26] == 1'b1) begin
        tmp_23_fu_140_p3 = 64'd37;
    end else if (p_Result_1_fu_130_p4[25] == 1'b1) begin
        tmp_23_fu_140_p3 = 64'd38;
    end else if (p_Result_1_fu_130_p4[24] == 1'b1) begin
        tmp_23_fu_140_p3 = 64'd39;
    end else if (p_Result_1_fu_130_p4[23] == 1'b1) begin
        tmp_23_fu_140_p3 = 64'd40;
    end else if (p_Result_1_fu_130_p4[22] == 1'b1) begin
        tmp_23_fu_140_p3 = 64'd41;
    end else if (p_Result_1_fu_130_p4[21] == 1'b1) begin
        tmp_23_fu_140_p3 = 64'd42;
    end else if (p_Result_1_fu_130_p4[20] == 1'b1) begin
        tmp_23_fu_140_p3 = 64'd43;
    end else if (p_Result_1_fu_130_p4[19] == 1'b1) begin
        tmp_23_fu_140_p3 = 64'd44;
    end else if (p_Result_1_fu_130_p4[18] == 1'b1) begin
        tmp_23_fu_140_p3 = 64'd45;
    end else if (p_Result_1_fu_130_p4[17] == 1'b1) begin
        tmp_23_fu_140_p3 = 64'd46;
    end else if (p_Result_1_fu_130_p4[16] == 1'b1) begin
        tmp_23_fu_140_p3 = 64'd47;
    end else if (p_Result_1_fu_130_p4[15] == 1'b1) begin
        tmp_23_fu_140_p3 = 64'd48;
    end else if (p_Result_1_fu_130_p4[14] == 1'b1) begin
        tmp_23_fu_140_p3 = 64'd49;
    end else if (p_Result_1_fu_130_p4[13] == 1'b1) begin
        tmp_23_fu_140_p3 = 64'd50;
    end else if (p_Result_1_fu_130_p4[12] == 1'b1) begin
        tmp_23_fu_140_p3 = 64'd51;
    end else if (p_Result_1_fu_130_p4[11] == 1'b1) begin
        tmp_23_fu_140_p3 = 64'd52;
    end else if (p_Result_1_fu_130_p4[10] == 1'b1) begin
        tmp_23_fu_140_p3 = 64'd53;
    end else if (p_Result_1_fu_130_p4[9] == 1'b1) begin
        tmp_23_fu_140_p3 = 64'd54;
    end else if (p_Result_1_fu_130_p4[8] == 1'b1) begin
        tmp_23_fu_140_p3 = 64'd55;
    end else if (p_Result_1_fu_130_p4[7] == 1'b1) begin
        tmp_23_fu_140_p3 = 64'd56;
    end else if (p_Result_1_fu_130_p4[6] == 1'b1) begin
        tmp_23_fu_140_p3 = 64'd57;
    end else if (p_Result_1_fu_130_p4[5] == 1'b1) begin
        tmp_23_fu_140_p3 = 64'd58;
    end else if (p_Result_1_fu_130_p4[4] == 1'b1) begin
        tmp_23_fu_140_p3 = 64'd59;
    end else if (p_Result_1_fu_130_p4[3] == 1'b1) begin
        tmp_23_fu_140_p3 = 64'd60;
    end else if (p_Result_1_fu_130_p4[2] == 1'b1) begin
        tmp_23_fu_140_p3 = 64'd61;
    end else if (p_Result_1_fu_130_p4[1] == 1'b1) begin
        tmp_23_fu_140_p3 = 64'd62;
    end else if (p_Result_1_fu_130_p4[0] == 1'b1) begin
        tmp_23_fu_140_p3 = 64'd63;
    end else begin
        tmp_23_fu_140_p3 = 64'd64;
    end
end

assign tmp_24_fu_644_p2 = (tmp_91_reg_972 & rev5_fu_639_p2);

assign tmp_25_fu_654_p2 = (tmp_93_reg_984 & rev6_fu_649_p2);

assign tmp_26_fu_659_p10 = {{{{{{{{{tmp_15_fu_575_p2}, {tmp_16_fu_584_p2}}, {tmp_17_fu_594_p2}}, {tmp_18_fu_604_p2}}, {tmp_20_fu_614_p2}}, {tmp_21_fu_624_p2}}, {tmp_22_fu_634_p2}}, {tmp_24_fu_644_p2}}, {tmp_25_fu_654_p2}};

assign tmp_28_fu_118_p2 = ((p_Result_3_fu_100_p4 == 64'd0) ? 1'b1 : 1'b0);

assign tmp_2_fu_192_p2 = (tmp_71_fu_188_p1 + tmp_70_fu_184_p1);

assign tmp_31_fu_148_p2 = ((p_Result_1_fu_130_p4 == 64'd0) ? 1'b1 : 1'b0);

assign tmp_36_1_fu_306_p2 = (($signed(addconv_fu_280_p2) > $signed(9'd0)) ? 1'b1 : 1'b0);

assign tmp_39_1_fu_708_p2 = (tmp_90_reg_966 | p_not1_fu_703_p2);

assign tmp_39_2_fu_718_p2 = (tmp_88_reg_954 | p_not2_fu_713_p2);

assign tmp_39_3_fu_728_p2 = (tmp_86_reg_942 | p_not3_fu_723_p2);

assign tmp_39_4_fu_738_p2 = (tmp_84_reg_930 | p_not4_fu_733_p2);

assign tmp_39_5_fu_748_p2 = (tmp_82_reg_918 | p_not5_fu_743_p2);

assign tmp_39_6_fu_758_p2 = (tmp_80_reg_906 | p_not6_fu_753_p2);

assign tmp_39_7_fu_768_p2 = (tmp_78_reg_894 | p_not7_fu_763_p2);

assign tmp_39_8_fu_773_p2 = (tmp_15_fu_575_p2 ^ 1'd1);

assign tmp_39_9_fu_787_p2 = (tmp_94_fu_779_p3 ^ 1'd1);

assign tmp_39_fu_698_p2 = (tmp_92_reg_978 | p_not_fu_693_p2);

assign tmp_70_fu_184_p1 = tmp_19_fu_110_p3[7:0];

assign tmp_71_fu_188_p1 = tmp_8_fu_176_p3[7:0];

assign tmp_72_fu_242_p1 = tmp_23_fu_140_p3[7:0];

assign tmp_73_fu_246_p1 = tmp_11_fu_234_p3[7:0];

assign tmp_74_fu_272_p1 = leading_signs_V_2_fu_264_p3[4:0];

assign tmp_76_fu_298_p3 = CompleteRegister_ap_uint_16_ap_uint_16_m_cr_V_read[tmp_16_cast_fu_286_p1];

assign tmp_77_fu_322_p3 = CompleteRegister_ap_uint_16_ap_uint_16_m_cr_V_read[index_assign_1_1_cas_fu_318_p1];

assign tmp_79_fu_348_p3 = CompleteRegister_ap_uint_16_ap_uint_16_m_cr_V_read[index_assign_1_2_cas_fu_344_p1];

assign tmp_7_fu_250_p2 = (tmp_73_fu_246_p1 + tmp_72_fu_242_p1);

assign tmp_81_fu_374_p3 = CompleteRegister_ap_uint_16_ap_uint_16_m_cr_V_read[index_assign_1_3_cas_fu_370_p1];

assign tmp_83_fu_400_p3 = CompleteRegister_ap_uint_16_ap_uint_16_m_cr_V_read[index_assign_1_4_cas_fu_396_p1];

assign tmp_85_fu_426_p3 = CompleteRegister_ap_uint_16_ap_uint_16_m_cr_V_read[index_assign_1_5_cas_fu_422_p1];

assign tmp_87_fu_452_p3 = CompleteRegister_ap_uint_16_ap_uint_16_m_cr_V_read[index_assign_1_6_cas_fu_448_p1];

assign tmp_89_fu_478_p3 = CompleteRegister_ap_uint_16_ap_uint_16_m_cr_V_read[index_assign_1_7_cas_fu_474_p1];

always @ (p_Result_s_31_fu_164_p5) begin
    if (p_Result_s_31_fu_164_p5[63] == 1'b1) begin
        tmp_8_fu_176_p3 = 64'd0;
    end else if (p_Result_s_31_fu_164_p5[62] == 1'b1) begin
        tmp_8_fu_176_p3 = 64'd1;
    end else if (p_Result_s_31_fu_164_p5[61] == 1'b1) begin
        tmp_8_fu_176_p3 = 64'd2;
    end else if (p_Result_s_31_fu_164_p5[60] == 1'b1) begin
        tmp_8_fu_176_p3 = 64'd3;
    end else if (p_Result_s_31_fu_164_p5[59] == 1'b1) begin
        tmp_8_fu_176_p3 = 64'd4;
    end else if (p_Result_s_31_fu_164_p5[58] == 1'b1) begin
        tmp_8_fu_176_p3 = 64'd5;
    end else if (p_Result_s_31_fu_164_p5[57] == 1'b1) begin
        tmp_8_fu_176_p3 = 64'd6;
    end else if (p_Result_s_31_fu_164_p5[56] == 1'b1) begin
        tmp_8_fu_176_p3 = 64'd7;
    end else if (p_Result_s_31_fu_164_p5[55] == 1'b1) begin
        tmp_8_fu_176_p3 = 64'd8;
    end else if (p_Result_s_31_fu_164_p5[54] == 1'b1) begin
        tmp_8_fu_176_p3 = 64'd9;
    end else if (p_Result_s_31_fu_164_p5[53] == 1'b1) begin
        tmp_8_fu_176_p3 = 64'd10;
    end else if (p_Result_s_31_fu_164_p5[52] == 1'b1) begin
        tmp_8_fu_176_p3 = 64'd11;
    end else if (p_Result_s_31_fu_164_p5[51] == 1'b1) begin
        tmp_8_fu_176_p3 = 64'd12;
    end else if (p_Result_s_31_fu_164_p5[50] == 1'b1) begin
        tmp_8_fu_176_p3 = 64'd13;
    end else if (p_Result_s_31_fu_164_p5[49] == 1'b1) begin
        tmp_8_fu_176_p3 = 64'd14;
    end else if (p_Result_s_31_fu_164_p5[48] == 1'b1) begin
        tmp_8_fu_176_p3 = 64'd15;
    end else if (p_Result_s_31_fu_164_p5[47] == 1'b1) begin
        tmp_8_fu_176_p3 = 64'd16;
    end else if (p_Result_s_31_fu_164_p5[46] == 1'b1) begin
        tmp_8_fu_176_p3 = 64'd17;
    end else if (p_Result_s_31_fu_164_p5[45] == 1'b1) begin
        tmp_8_fu_176_p3 = 64'd18;
    end else if (p_Result_s_31_fu_164_p5[44] == 1'b1) begin
        tmp_8_fu_176_p3 = 64'd19;
    end else if (p_Result_s_31_fu_164_p5[43] == 1'b1) begin
        tmp_8_fu_176_p3 = 64'd20;
    end else if (p_Result_s_31_fu_164_p5[42] == 1'b1) begin
        tmp_8_fu_176_p3 = 64'd21;
    end else if (p_Result_s_31_fu_164_p5[41] == 1'b1) begin
        tmp_8_fu_176_p3 = 64'd22;
    end else if (p_Result_s_31_fu_164_p5[40] == 1'b1) begin
        tmp_8_fu_176_p3 = 64'd23;
    end else if (p_Result_s_31_fu_164_p5[39] == 1'b1) begin
        tmp_8_fu_176_p3 = 64'd24;
    end else if (p_Result_s_31_fu_164_p5[38] == 1'b1) begin
        tmp_8_fu_176_p3 = 64'd25;
    end else if (p_Result_s_31_fu_164_p5[37] == 1'b1) begin
        tmp_8_fu_176_p3 = 64'd26;
    end else if (p_Result_s_31_fu_164_p5[36] == 1'b1) begin
        tmp_8_fu_176_p3 = 64'd27;
    end else if (p_Result_s_31_fu_164_p5[35] == 1'b1) begin
        tmp_8_fu_176_p3 = 64'd28;
    end else if (p_Result_s_31_fu_164_p5[34] == 1'b1) begin
        tmp_8_fu_176_p3 = 64'd29;
    end else if (p_Result_s_31_fu_164_p5[33] == 1'b1) begin
        tmp_8_fu_176_p3 = 64'd30;
    end else if (p_Result_s_31_fu_164_p5[32] == 1'b1) begin
        tmp_8_fu_176_p3 = 64'd31;
    end else if (p_Result_s_31_fu_164_p5[31] == 1'b1) begin
        tmp_8_fu_176_p3 = 64'd32;
    end else if (p_Result_s_31_fu_164_p5[30] == 1'b1) begin
        tmp_8_fu_176_p3 = 64'd33;
    end else if (p_Result_s_31_fu_164_p5[29] == 1'b1) begin
        tmp_8_fu_176_p3 = 64'd34;
    end else if (p_Result_s_31_fu_164_p5[28] == 1'b1) begin
        tmp_8_fu_176_p3 = 64'd35;
    end else if (p_Result_s_31_fu_164_p5[27] == 1'b1) begin
        tmp_8_fu_176_p3 = 64'd36;
    end else if (p_Result_s_31_fu_164_p5[26] == 1'b1) begin
        tmp_8_fu_176_p3 = 64'd37;
    end else if (p_Result_s_31_fu_164_p5[25] == 1'b1) begin
        tmp_8_fu_176_p3 = 64'd38;
    end else if (p_Result_s_31_fu_164_p5[24] == 1'b1) begin
        tmp_8_fu_176_p3 = 64'd39;
    end else if (p_Result_s_31_fu_164_p5[23] == 1'b1) begin
        tmp_8_fu_176_p3 = 64'd40;
    end else if (p_Result_s_31_fu_164_p5[22] == 1'b1) begin
        tmp_8_fu_176_p3 = 64'd41;
    end else if (p_Result_s_31_fu_164_p5[21] == 1'b1) begin
        tmp_8_fu_176_p3 = 64'd42;
    end else if (p_Result_s_31_fu_164_p5[20] == 1'b1) begin
        tmp_8_fu_176_p3 = 64'd43;
    end else if (p_Result_s_31_fu_164_p5[19] == 1'b1) begin
        tmp_8_fu_176_p3 = 64'd44;
    end else if (p_Result_s_31_fu_164_p5[18] == 1'b1) begin
        tmp_8_fu_176_p3 = 64'd45;
    end else if (p_Result_s_31_fu_164_p5[17] == 1'b1) begin
        tmp_8_fu_176_p3 = 64'd46;
    end else if (p_Result_s_31_fu_164_p5[16] == 1'b1) begin
        tmp_8_fu_176_p3 = 64'd47;
    end else if (p_Result_s_31_fu_164_p5[15] == 1'b1) begin
        tmp_8_fu_176_p3 = 64'd48;
    end else if (p_Result_s_31_fu_164_p5[14] == 1'b1) begin
        tmp_8_fu_176_p3 = 64'd49;
    end else if (p_Result_s_31_fu_164_p5[13] == 1'b1) begin
        tmp_8_fu_176_p3 = 64'd50;
    end else if (p_Result_s_31_fu_164_p5[12] == 1'b1) begin
        tmp_8_fu_176_p3 = 64'd51;
    end else if (p_Result_s_31_fu_164_p5[11] == 1'b1) begin
        tmp_8_fu_176_p3 = 64'd52;
    end else if (p_Result_s_31_fu_164_p5[10] == 1'b1) begin
        tmp_8_fu_176_p3 = 64'd53;
    end else if (p_Result_s_31_fu_164_p5[9] == 1'b1) begin
        tmp_8_fu_176_p3 = 64'd54;
    end else if (p_Result_s_31_fu_164_p5[8] == 1'b1) begin
        tmp_8_fu_176_p3 = 64'd55;
    end else if (p_Result_s_31_fu_164_p5[7] == 1'b1) begin
        tmp_8_fu_176_p3 = 64'd56;
    end else if (p_Result_s_31_fu_164_p5[6] == 1'b1) begin
        tmp_8_fu_176_p3 = 64'd57;
    end else if (p_Result_s_31_fu_164_p5[5] == 1'b1) begin
        tmp_8_fu_176_p3 = 64'd58;
    end else if (p_Result_s_31_fu_164_p5[4] == 1'b1) begin
        tmp_8_fu_176_p3 = 64'd59;
    end else if (p_Result_s_31_fu_164_p5[3] == 1'b1) begin
        tmp_8_fu_176_p3 = 64'd60;
    end else if (p_Result_s_31_fu_164_p5[2] == 1'b1) begin
        tmp_8_fu_176_p3 = 64'd61;
    end else if (p_Result_s_31_fu_164_p5[1] == 1'b1) begin
        tmp_8_fu_176_p3 = 64'd62;
    end else if (p_Result_s_31_fu_164_p5[0] == 1'b1) begin
        tmp_8_fu_176_p3 = 64'd63;
    end else begin
        tmp_8_fu_176_p3 = 64'd64;
    end
end

assign tmp_91_fu_504_p3 = CompleteRegister_ap_uint_16_ap_uint_16_m_cr_V_read[index_assign_1_8_cas_fu_500_p1];

assign tmp_93_fu_530_p3 = CompleteRegister_ap_uint_16_ap_uint_16_m_cr_V_read[index_assign_1_9_cas_fu_526_p1];

assign tmp_94_fu_779_p3 = p_0274_1_fu_568_p3[32'd9];

assign tmp_fu_92_p3 = CompleteRegister_ap_uint_16_ap_uint_16_m_cr_V_read[32'd79];

assign tmp_s_fu_545_p2 = (tmp_reg_858 ^ 1'd1);

endmodule //get_result